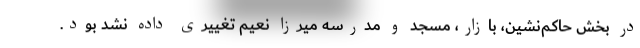
در بخش حاکم‌نشین، بازار، مسجد و مدرسه میرزا نعیم تغییری داده نشد بود.